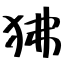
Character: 狒